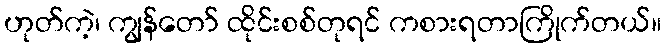
ဟုတ်ကဲ့၊ ကျွန်တော် ထိုင်းစစ်တုရင် ကစားရတာကြိုက်တယ်။